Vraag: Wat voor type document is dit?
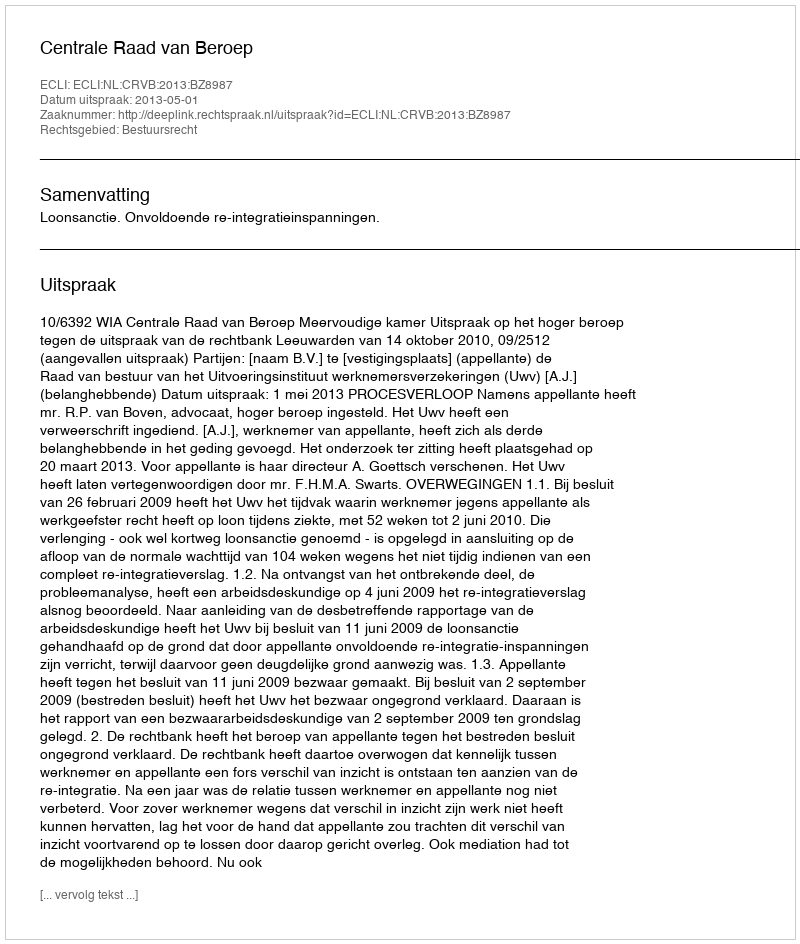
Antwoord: Uitspraak